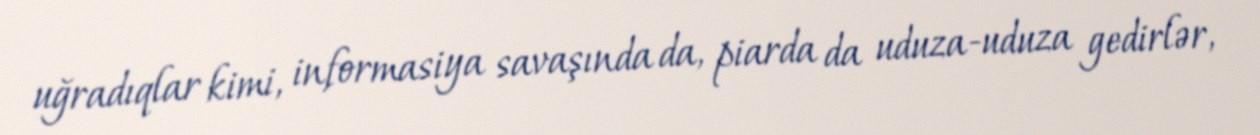
uğradıqlar kimi, informasiya savaşında da, piarda da uduza-uduza gedirlər,